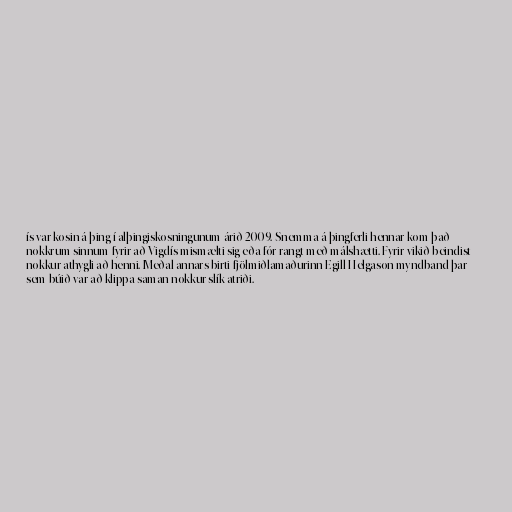
ís var kosin á þing í alþingiskosningunum árið 2009. Snemma á þingferli hennar kom það
nokkrum sinnum fyrir að Vigdís mismælti sig eða fór rangt með málshætti. Fyrir vikið beindist
nokkur athygli að henni. Meðal annars birti fjölmiðlamaðurinn Egill Helgason myndband þar
sem búið var að klippa saman nokkur slík atriði.